65_HS1-834228961_62-HQ-83894_Section_8
Agency: FBI
Page 49
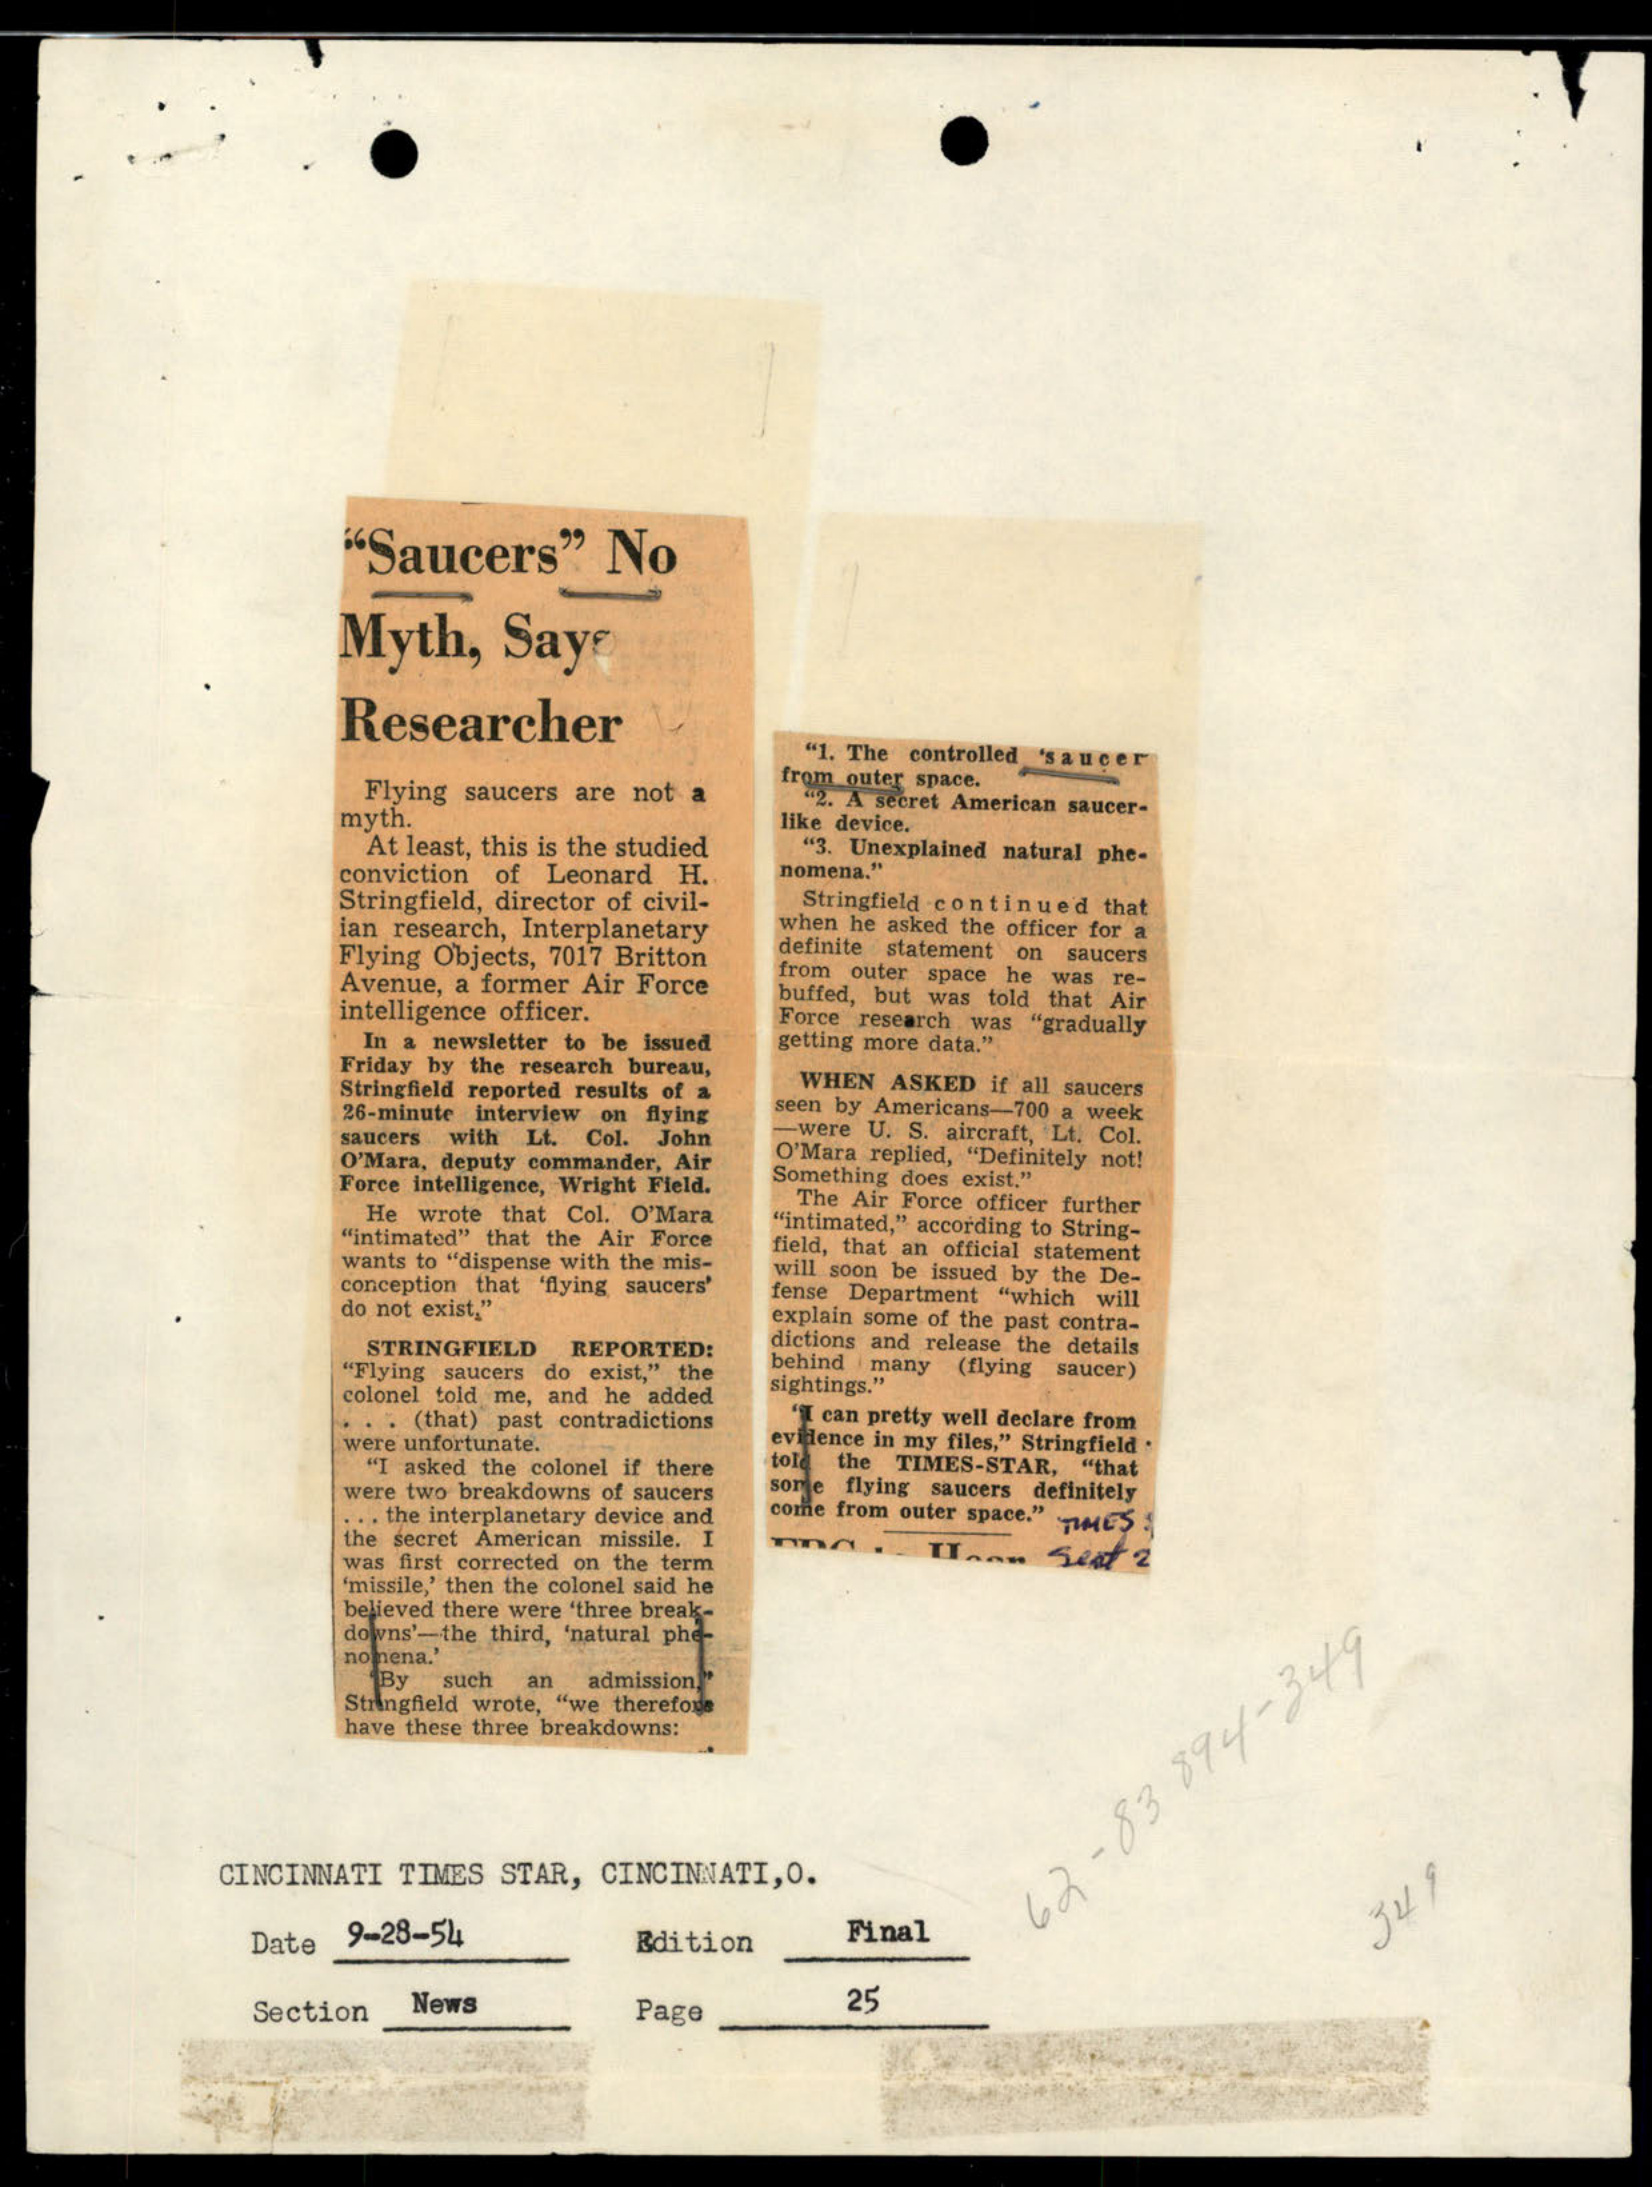